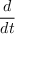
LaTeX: \frac { d } { d t }